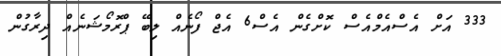
333 އަށް އެސްއެމްއެސް ކޮށްގެން އެސް6 އެޖް ފޯނެއް ލިބޭ ޕްރޮމޯޝަނެއް ދިރާގުން